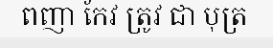
ពញា កែវ ត្រូវ ជា បុត្រ